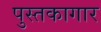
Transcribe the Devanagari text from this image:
पुस्तकागार